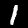
Digit: 1